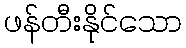
ဖန်တီးနိုင်သော